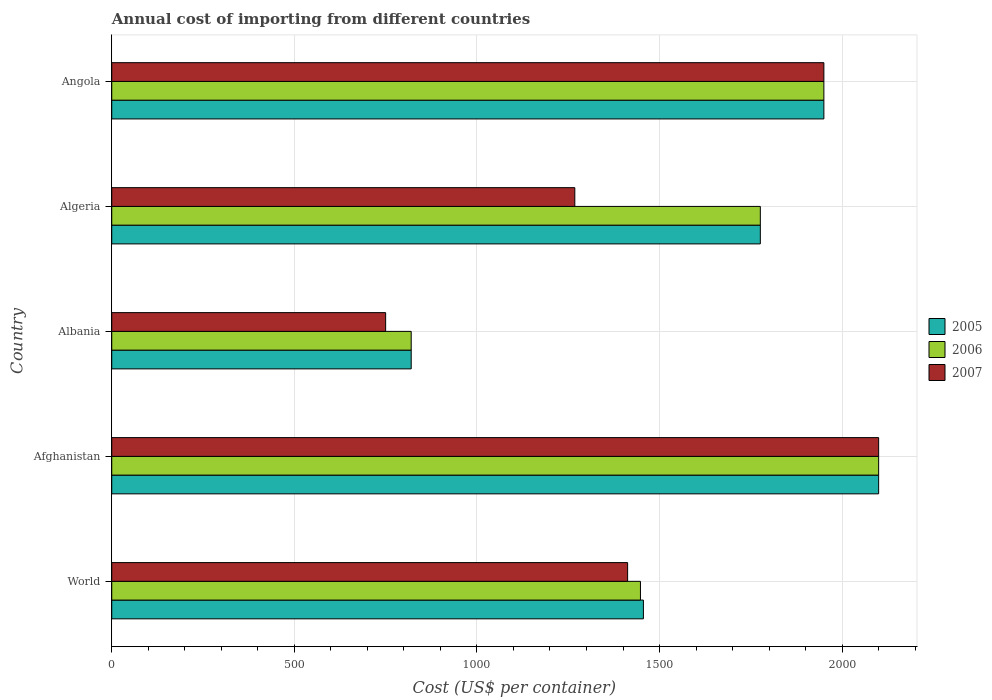
| Country | 2005 | 2006 | 2007 |
 | --- | --- | --- | --- |
 | World | 1.46e+03 | 1.45e+03 | 1.41e+03 |
 | Afghanistan | 2.1e+03 | 2.1e+03 | 2.1e+03 |
 | Albania | 820 | 820 | 750 |
 | Algeria | 1.78e+03 | 1.78e+03 | 1.27e+03 |
 | Angola | 1.95e+03 | 1.95e+03 | 1.95e+03 |